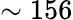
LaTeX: \sim 156